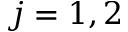
j = 1 , 2